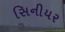
સિનીયર